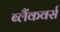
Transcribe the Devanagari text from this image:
ब्लैंकवर्स